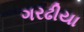
ગરઢીયા